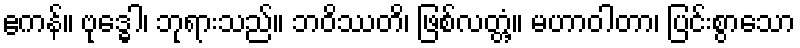
ဧကန်။ ဗုဒ္ဓေါ၊ ဘုရားသည်။ ဘဝိဿတိ၊ ဖြစ်လတ္တံ့။ မဟာဝါတာ၊ ပြင်းစွာသော